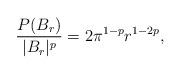
LaTeX: \begin{align*}\frac{P(B_r)}{|B_r|^p} = 2\pi^{1-p}r^{1-2p},\end{align*}